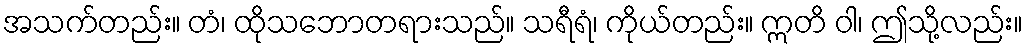
အသက်တည်း။ တံ၊ ထိုသဘောတရားသည်။ သရီရံ၊ ကိုယ်တည်း။ ဣတိ ဝါ၊ ဤသို့လည်း။